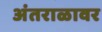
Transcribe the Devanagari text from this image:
अंतराळावर